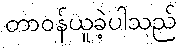
တာဝန်ယူခဲ့ပါသည်